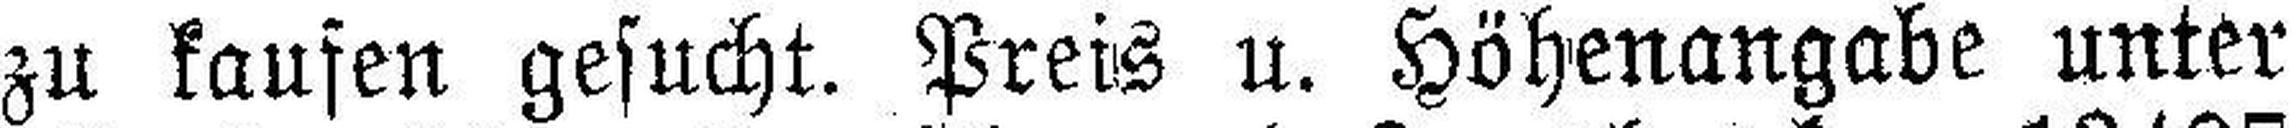
zu kaufen gesucht. Preis u. Höhenangabe unter